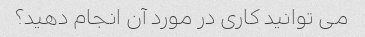
می توانید کاری در مورد آن انجام دهید؟